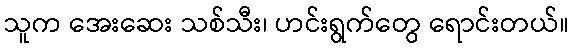
သူက အေးဆေး သစ်သီး၊ ဟင်းရွက်တွေ ရောင်းတယ်။